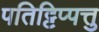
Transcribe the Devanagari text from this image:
पतिट्टिप्पत्तु